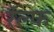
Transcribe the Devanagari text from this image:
रॅल्फ